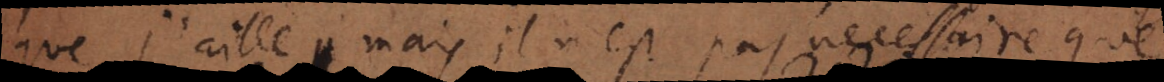
que j’aille, mais il n’est pas necessaire que